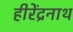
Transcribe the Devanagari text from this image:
हीरेंद्रनाथ